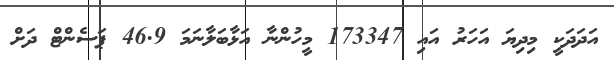
އަދަދަކީ މިދިޔަ އަހަރު އައި 173347 މީހުންނާ އަޅާބަލާނަމަ 46.9 ޕަސެންޓް ދަށް